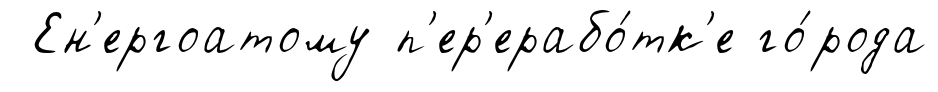
Ен'ергоатому п'ер'ерабо́тк'е го́рода